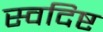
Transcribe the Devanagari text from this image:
स्वदिष्ट